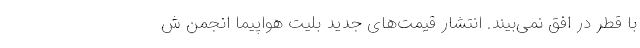
با قطر در افق نمی‌بیند. انتشار قیمت‌های جدید بلیت هواپیما انجمن ش